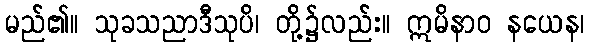
မည်၏။ သုခသညာဒီသုပိ၊ တို့၌လည်း။ ဣမိနာဝ နယေန၊